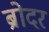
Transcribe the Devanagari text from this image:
ब्रोदर